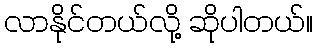
လာနိုင်တယ်လို့ ဆိုပါတယ်။